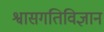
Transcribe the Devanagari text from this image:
श्वासगतिविज्ञान